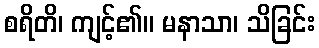
စရိတိ၊ ကျင့်၏။ မနာသာ၊ သိခြင်း